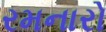
રમનારો